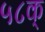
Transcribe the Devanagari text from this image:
५८क्